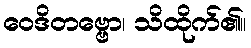
ဝေဒိတဗ္ဗော၊ သိထိုက်၏။